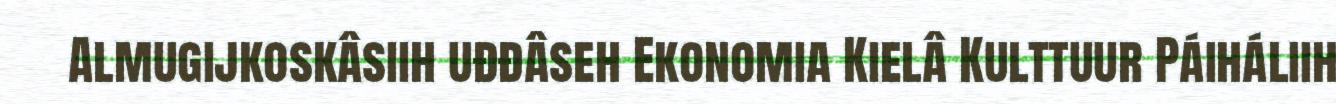
Almugijkoskâsiih uđđâseh Ekonomia Kielâ Kulttuur Páiháliih